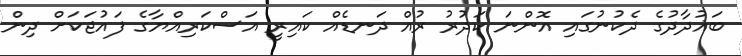
ބަޣުދާދުގެ ދެކުނުގައި އޮންނަ ކަދުރު ރުއް ދަނޑެއް ކައިރީ އަސްކަރިއްޔާގެ ފައުޖަކަށް ދިން